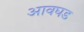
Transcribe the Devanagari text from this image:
आवघड